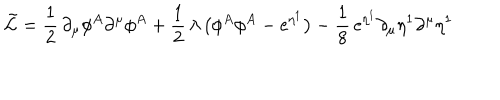
\tilde { \cal L } = \frac { 1 } { 2 } \, \partial _ { \mu } \phi ^ { A } \partial ^ { \mu } \phi ^ { A } + \frac { 1 } { 2 } \, \lambda \, \bigl ( \phi ^ { A } \phi ^ { A } - \mathrm { e } ^ { \eta ^ { 1 } } \bigr ) - \frac { 1 } { 8 } \, \mathrm { e } ^ { \eta ^ { 1 } } \partial _ { \mu } \eta ^ { 1 } \partial ^ { \mu } \eta ^ { 1 }